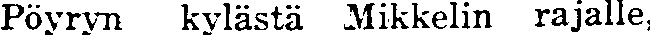
Pöyryn kylästä Mikkelin rajalle,